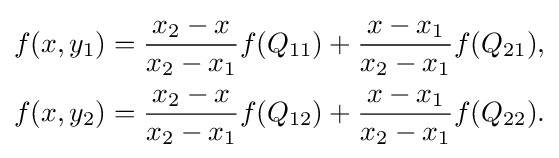
{\begin{aligned}f(x,y_{1})={\frac {x_{2}-x}{x_{2}-x_{1}}}f(Q_{11})+{\frac {x-x_{1}}{x_{2}-x_{1}}}f(Q_{21}),\\f(x,y_{2})={\frac {x_{2}-x}{x_{2}-x_{1}}}f(Q_{12})+{\frac {x-x_{1}}{x_{2}-x_{1}}}f(Q_{22}).\end{aligned}}